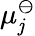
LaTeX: \mu_{\mathit{j}}^{\ominus}